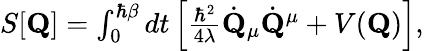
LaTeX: \begin{array}{r}{S[\mathbf{Q}]=\int_{0}^{\hbar\beta}dt\left[\frac{\hbar^{2}}{4\lambda}\dot{\mathbf{Q}}_{\mu}\dot{\mathbf{Q}}^{\mu}+V(\mathbf{Q})\right],}\end{array}